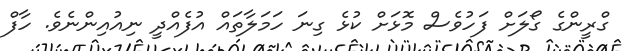
ގްރީންގެ ގޯލަށް ފަހުވެސް މޮޅަށް ކުޅެ ގިނަ ހަމަލާތައް އުފެއްދީ ނިއުއިންނެވެ. ހާފް